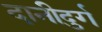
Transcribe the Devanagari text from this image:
दानीदुर्ग